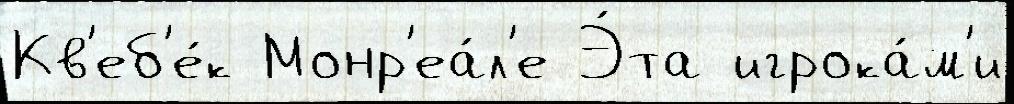
Кв'еб'е́к Монр'еа́л'е Э́та игрока́м'и